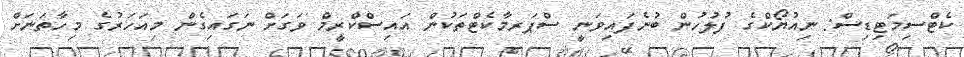
ކެޓްސިމަޓިޑިސް: ނިއުޔޯކްގެ ފުލުހުން ބުނެފައިވަނީ ސްޕަރމާކެޓްތަކުން އައިސްކްރީމް ވަގަށް ނަގައިގެން މިއަހަރުގެ މިހާތަނަށް